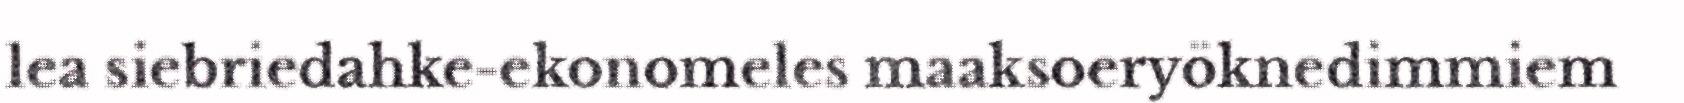
lea siebriedahke-ekonomeles maaksoeryöknedimmiem